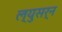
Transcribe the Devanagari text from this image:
ल्युसर्न